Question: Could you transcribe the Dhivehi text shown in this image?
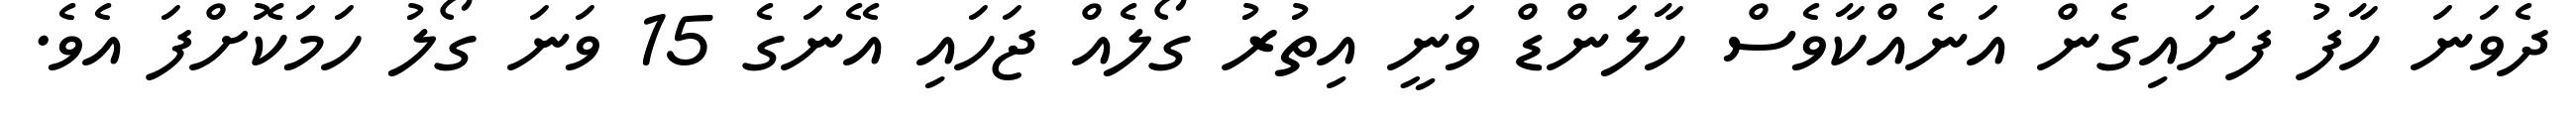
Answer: ދެވަނަ ހާފު ފަށައިގެން އަނެއްކާވެސް ހާލަންޑް ވަނީ އިތުރު ގޯލެއް ޖަހައި އޭނަގެ 15 ވަނަ ގޯލު ހަމަކޮށްފަ އެވެ.